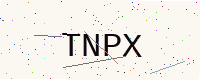
Text: TNPX